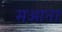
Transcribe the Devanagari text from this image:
मआना